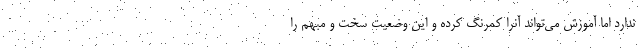
ندارد اما آموزش می‌تواند آنرا کمرنگ کرده و این وضعیت سخت و مبهم را